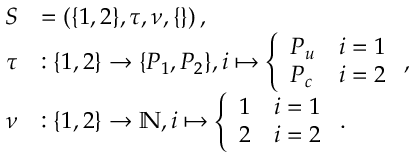
\begin{array} { r l } { S } & { = \left( \{ 1 , 2 \} , \tau , \nu , \{ \} \right) , } \\ { \tau } & { : \{ 1 , 2 \} \rightarrow \{ P _ { 1 } , P _ { 2 } \} , i \mapsto \left\{ \begin{array} { l l } { P _ { u } } & { i = 1 } \\ { P _ { c } } & { i = 2 } \end{array} \right. , } \\ { \nu } & { : \{ 1 , 2 \} \rightarrow \mathbb { N } , i \mapsto \left\{ \begin{array} { l l } { 1 } & { i = 1 } \\ { 2 } & { i = 2 } \end{array} \right. . } \end{array}